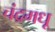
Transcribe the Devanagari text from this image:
चंद्रमधू